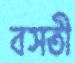
বসতী